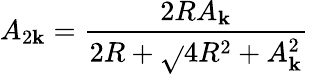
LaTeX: A_{2\mathbf{k}}=\frac{{2RA_{\mathbf{k}}}}{{2R+\sqrt{}{{4R^{2}+A_{\mathbf{k}}^{2}}}}}